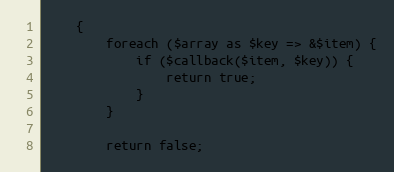
Language: PHP
    {
        foreach ($array as $key => &$item) {
            if ($callback($item, $key)) {
                return true;
            }
        }

        return false;